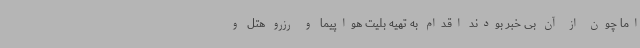
اما چون از آن بی خبر بودند اقدام به تهیه بلیت هواپیما و رزرو هتل و